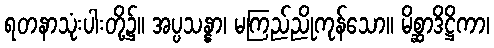
ရတနာသုံးပါးတို့၌။ အပ္ပသန္နာ၊ မကြည်ညိုကုန်သော။ မိစ္ဆာဒိဋ္ဌိကာ၊